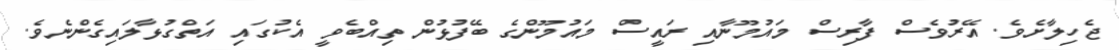
ޖެހިލާށެވެ. އޭރުވެސް ފާރިސް މައުމޫނާއި ރައީސް މައުމޫންގެ ބޭފުޅުން ތިއްބެވީ އެކުގައި އަތްގުޅާލައިގެންނެވެ.